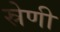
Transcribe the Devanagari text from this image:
स्रेणी